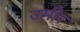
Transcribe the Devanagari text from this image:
उमीर